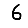
Digit: 6